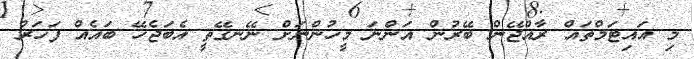
މި އައިޓަމްތައް ރާއްޖޭން ބޭރުން އަންނަ މީހުންނަށް ނޭނގޭތީ އެބަޖެހޭ ބައެއް ފަހަރު